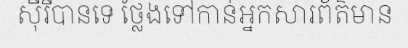
ស៊ីរីបានទេ ថ្លែងទៅកាន់អ្នកសារព័ត៌មាន